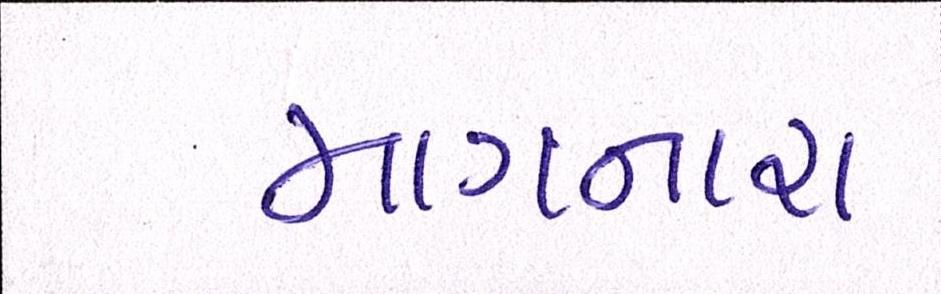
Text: માગનારા